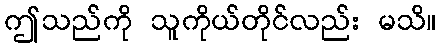
ဤသည်ကို သူကိုယ်တိုင်လည်း မသိ။